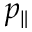
p _ { \parallel }